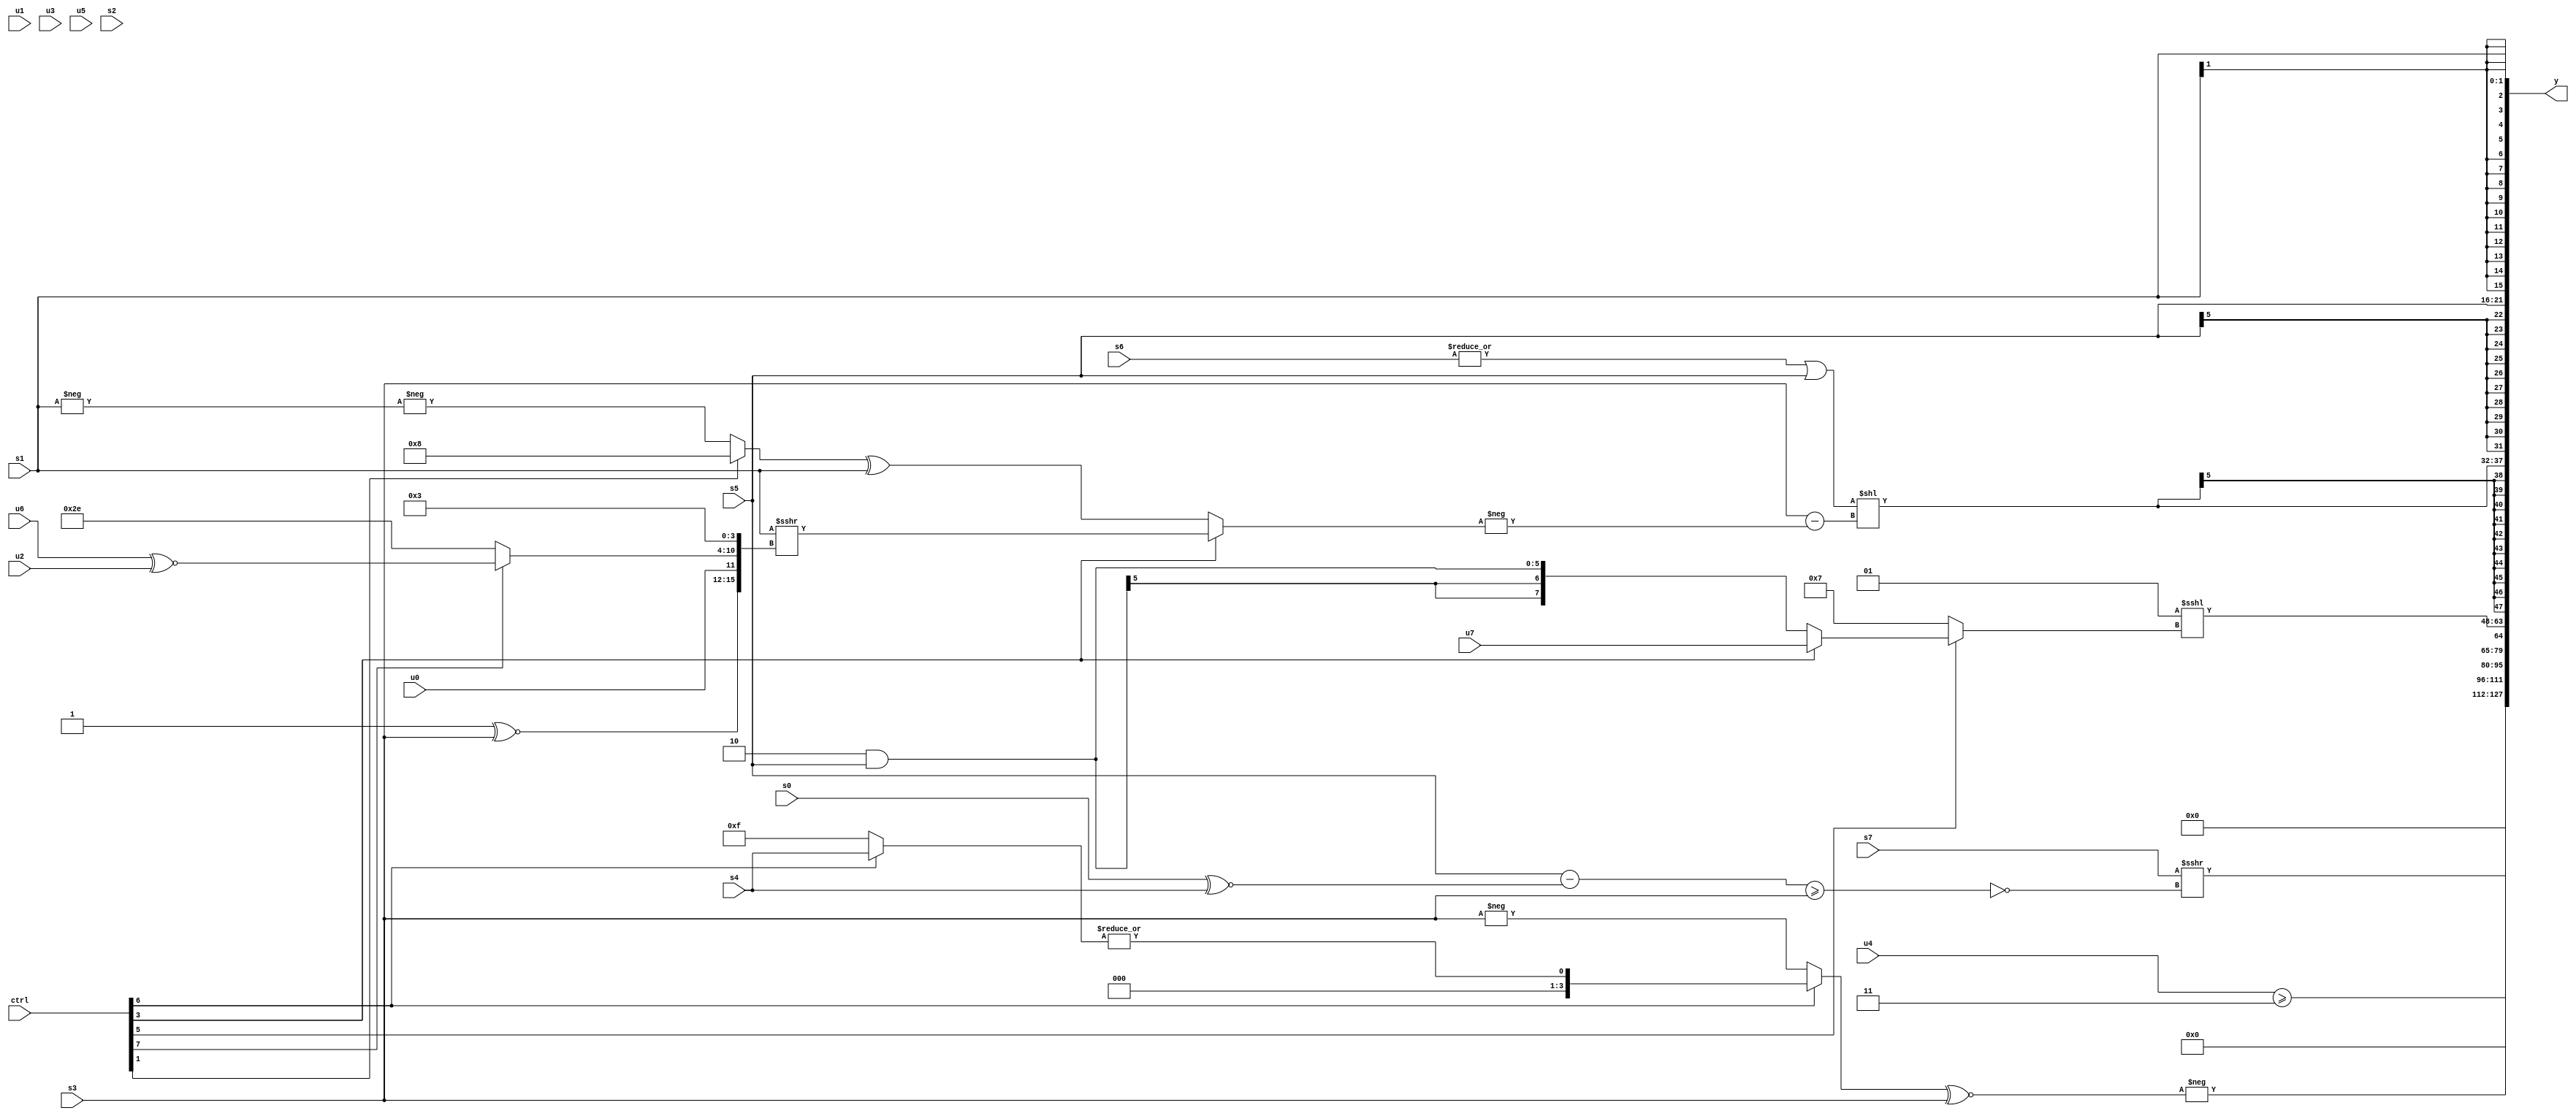
module wideexpr_00287(ctrl, u0, u1, u2, u3, u4, u5, u6, u7, s0, s1, s2, s3, s4, s5, s6, s7, y);
  input [7:0] ctrl;
  input [0:0] u0;
  input [1:0] u1;
  input [2:0] u2;
  input [3:0] u3;
  input [4:0] u4;
  input [5:0] u5;
  input [6:0] u6;
  input [7:0] u7;
  input signed [0:0] s0;
  input signed [1:0] s1;
  input signed [2:0] s2;
  input signed [3:0] s3;
  input signed [4:0] s4;
  input signed [5:0] s5;
  input signed [6:0] s6;
  input signed [7:0] s7;
  output [127:0] y;
  wire [15:0] y0;
  wire [15:0] y1;
  wire [15:0] y2;
  wire [15:0] y3;
  wire [15:0] y4;
  wire [15:0] y5;
  wire [15:0] y6;
  wire [15:0] y7;
  assign y = {y0,y1,y2,y3,y4,y5,y6,y7};
  assign y0 = ((((ctrl[0]?s6:+(((((u7)<<(s1))^~(s4))&(2'b01))<<((ctrl[2]?(~(4'sb0010))>({2{s5}}):~&({u7}))))))+(-(+((ctrl[4]?((~(4'sb1010))^~(u5))<=($unsigned(+(u4))):{3{-((5'sb10010)<<<(s3))}})))))<<<(((ctrl[4]?u5:2'sb11))<<<(2'sb11)))>>>((6'sb111010)^(-(1'b0)));
  assign y1 = (s7)>>>(~^(((s5)-((s0)^~(s4)))>=(s3)));
  assign y2 = -(($signed((ctrl[6]?|((ctrl[6]?s4:5'sb01111)):$signed(-(s3)))))^~($signed(s3)));
  assign y3 = ({1{u4}})>=(3'b011);
  assign y4 = +((3'sb001)<<<((ctrl[5]?(ctrl[3]?$signed($signed(u7)):(2'sb10)&($signed(s5))):4'sb0111)));
  assign y5 = $signed(((+(|(s6)))|(s5))<<((s3)-(-((ctrl[3]?(s1)>>>({(2'sb11)^~(s3),u0,(ctrl[7]?(u6)^~(u2):6'sb101110),4'b0011}):((ctrl[1]?5'sb01000:-(-(s1))))^(s1))))));
  assign y6 = s5;
  assign y7 = s1;
endmodule